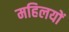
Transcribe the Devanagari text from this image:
महिलयों